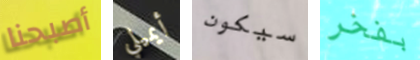
أصبحنا أيميلي سيكون بفخر